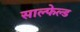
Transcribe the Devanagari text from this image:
साल्फेल्ड